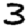
Digit: 3